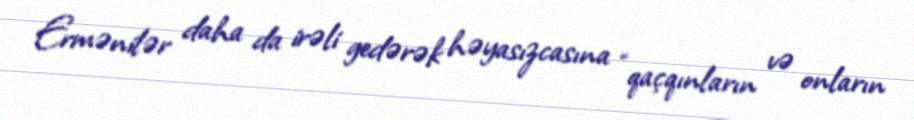
Ermənilər daha da irəli gedərək həyasızcasına “qaçqınların və onların